Annual administration report of the Civil Veterinary Department of India - 1898-1899
Year: 1898
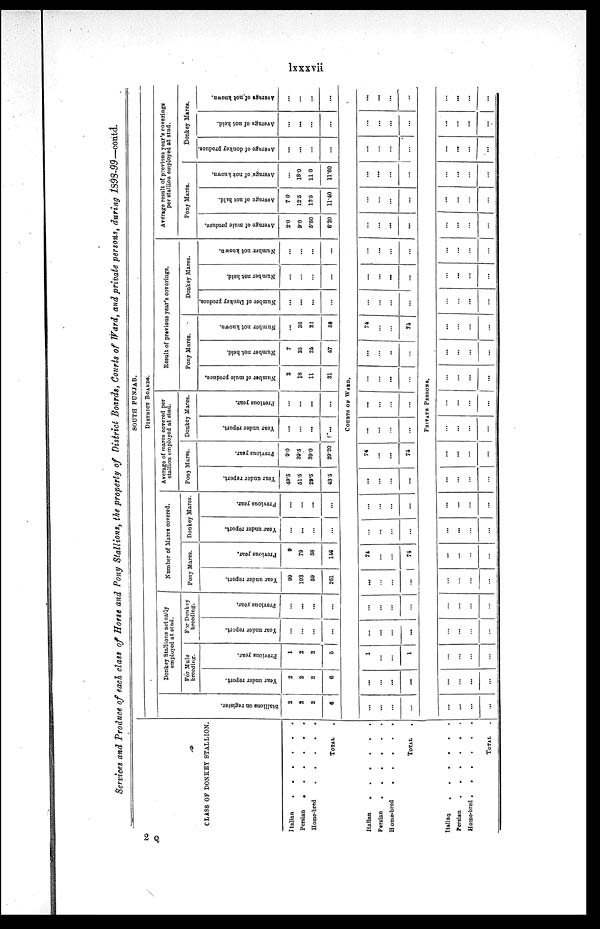
lxxxvii
Services and Produce of each class of Horse and Pony Stallions, the property of District Boards, Courts of Ward, and private persons, during 1898-99—contd.
CLASS OF DONKEY STALLION.
Italian
.
.
.
.
.
.
Persian . . . . . .
Home-bred
.
.
.
.
.
TOTAL .
Italian . . . . . .
Persian
.
.
.
.
.
.
Home-bred
.
.
.
.
.
TOTAL .
Italian
.
.
.
.
.
.
Persian
.
.
.
.
.
.
Home-bred
.
.
.
.
.
.
TOTAL .
SOUTH PUNJAB.
DISTRICT BOARDS.
Stallions on register.
2
2
2
6
Donkey Stallions actually
employed at stud.
For Mule
breeding.
Year under report.
2
2
2
6
Provious year.
1
2
2
6
For Donkey
breeding.
Year under report.
...
...
...
...
Previous year.
...
...
...
...
Number of Marcs covered.
Pony Mares.
Year under report.
99
103
69
261
Previous year.
9
79
58
146
Donkey Mares.
Year under report.
...
...
...
...
Provious year.
...
...
...
...
Average of mares covered per
stallion employed at stud.
Pony Mares.
Year under report.
49.5
51.5
29.5
43.5
Previous year.
9.0
39.5
39.0
29.20
Donkey Mares.
Year under report.
...
...
...
...
Previous year.
...
...
...
...
Result of previous year's coverings.
Pony Mares.
Number of mule produce.
2
18
11
31
Number not held.
7
25
25
57
Number not known.
...
36
22
58
Donkey Mares.
Number of Donkey produce.
...
...
...
...
Number not hold.
...
...
...
...
Number not known.
...
...
...
...
Average result of previous year's coverings
per stallion employed at stud.
Pony Mares.
Average of mule produce.
2.0
9.0
5.50
6.20
Average
of not held.
7.0
12.5
12.5
11.40
Average of not known.
...
18.0
11 0
11.60
Donkey Mares.
Average
of donkey produce.
...
...
...
...
Average of not held.
...
...
...
...
Average
of not known.
...
...
...
...
COURTS OF WARD.
...
...
...
...
...
...
...
...
1
...
...
1
...
...
...
...
...
...
...
...
...
...
...
...
74
...
...
74
...
...
...
...
...
...
...
...
...
...
...
...
74
...
...
74
...
...
...
...
...
...
...
...
...
...
...
...
...
...
..
...
74
...
...
74
...
...
...
...
...
...
...
...
...
...
...
...
...
...
...
...
...
...
...
...
...
...
...
...
...
...
...
...
...
...
...
...
...
...
...
...
...
PRIVATE PERSONS.
...
...
...
...
...
...
...
...
...
...
...
...
...
...
...
...
...
...
...
...
...
...
...
...
...
...
...
...
...
...
...
...
...
...
...
...
...
...
...
...
...
...
...
...
...
...
...
...
...
...
...
...
...
...
...
...
...
...
...
...
...
...
...
...
...
...
...
...
...
...
...
...
...
...
...
...
...
...
...
...
...
...
...
...
...
...
...
...
...
...
...
...
...
...
...
...
...
...
...
...
2 Q